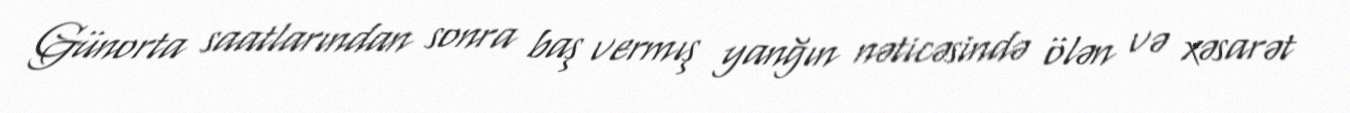
Günorta saatlarından sonra baş vermış yanğın nəticəsində ölən və xəsarət